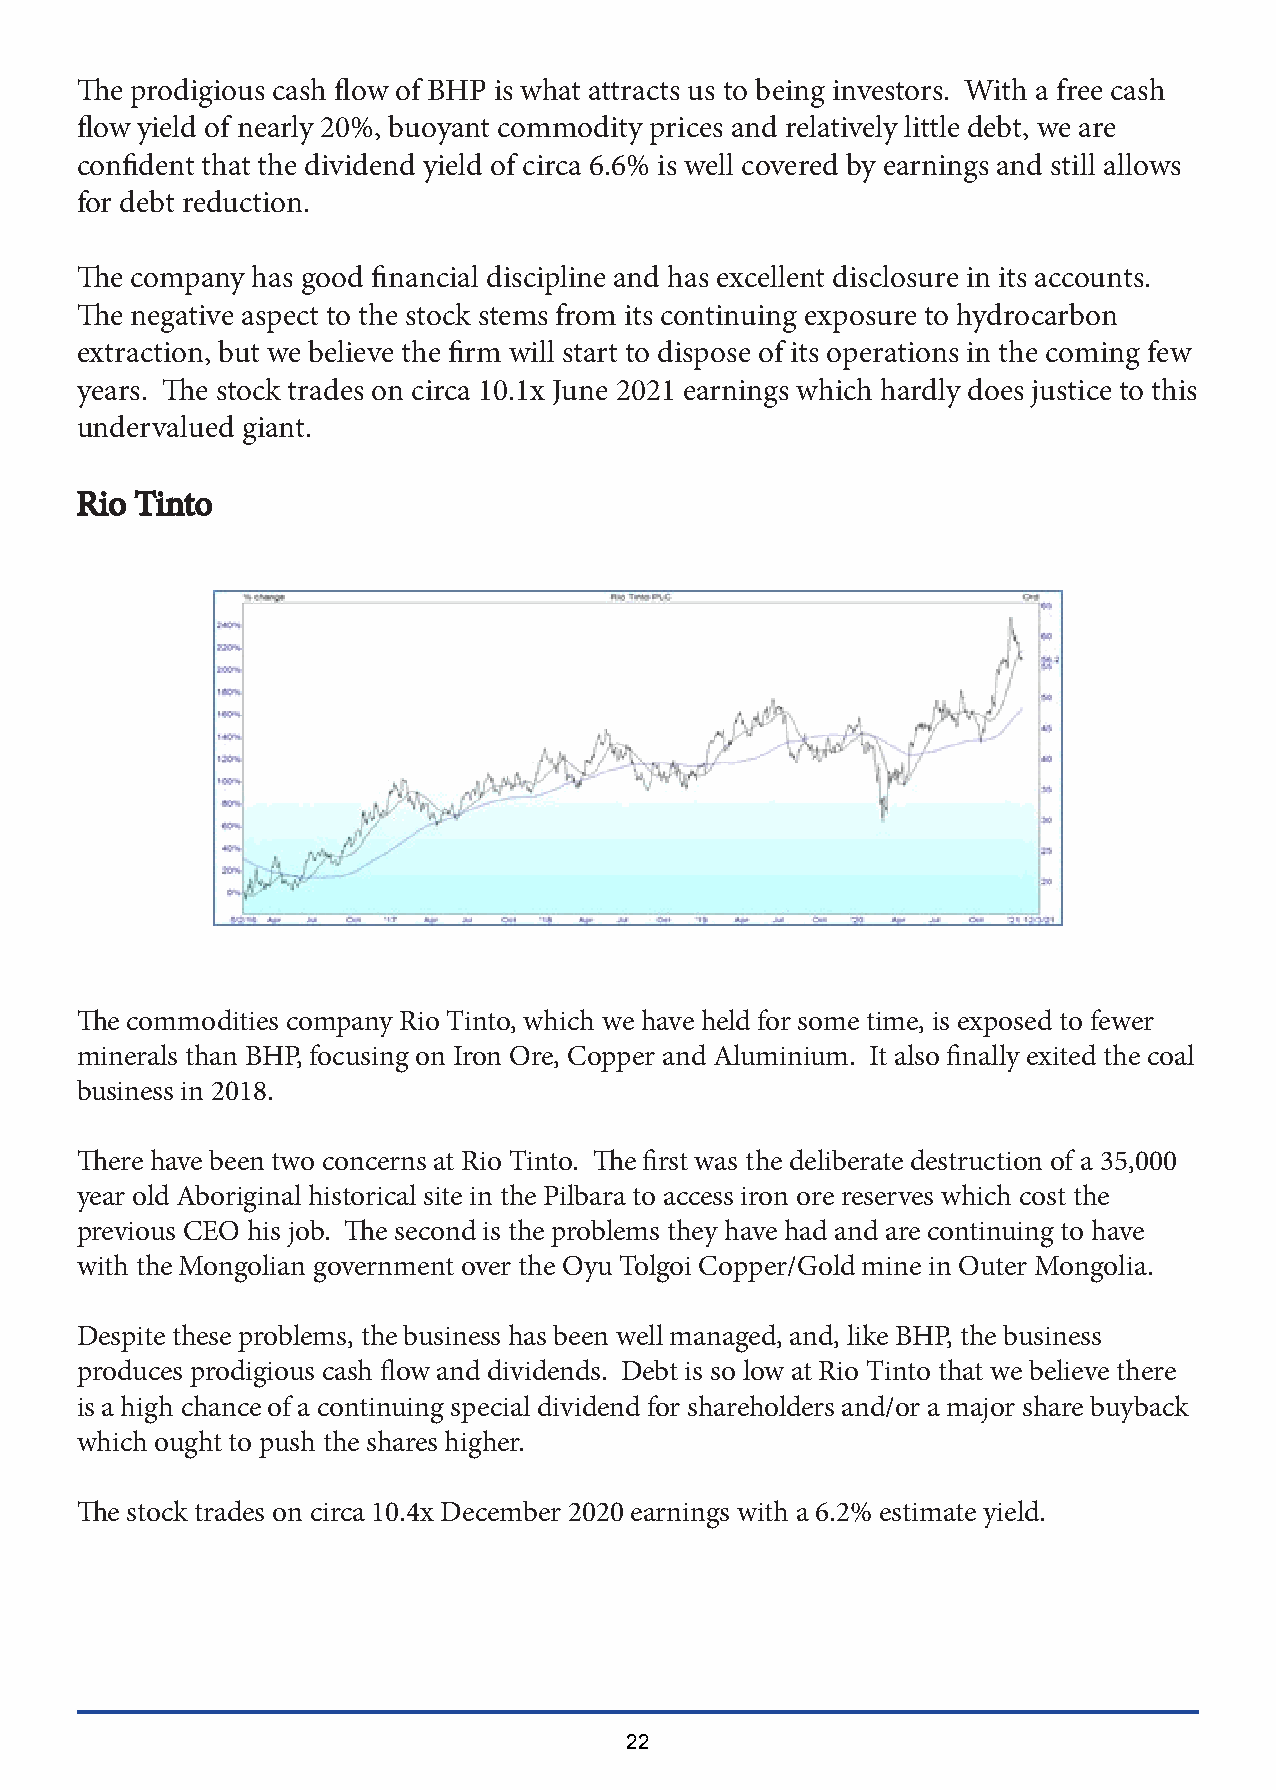
The prodigious cash flow of BHP is what attracts us to being investors. With a free cash
 flow yield of nearly 20%, buoyant commodity prices and relatively little debt, we are
 confident that the dividend yield of circa 6.6% is well covered by earnings and still allows
 for debt reduction.
 The company has good financial discipline and has excellent disclosure in its accounts.
 The negative aspect to the stock stems from its continuing exposure to hydrocarbon
 extraction, but we believe the firm will start to dispose of its operations in the coming few
 years. The stock trades on circa 10.1x June 2021 earnings which hardly does justice to this
 undervalued giant.
 RRiioo TTiinnttoo
 The commodities company Rio Tinto, which we have held for some time, is exposed to fewer
 minerals than BHP, focusing on Iron Ore, Copper and Aluminium. It also finally exited the coal
 business in 2018.
 There have been two concerns at Rio Tinto. The first was the deliberate destruction of a 35,000
 year old Aboriginal historical site in the Pilbara to access iron ore reserves which cost the
 previous CEO his job. The second is the problems they have had and are continuing to have
 with the Mongolian government over the Oyu Tolgoi Copper/Gold mine in Outer Mongolia.
 Despite these problems, the business has been well managed, and, like BHP, the business
 produces prodigious cash flow and dividends. Debt is so low at Rio Tinto that we believe there
 is a high chance of a continuing special dividend for shareholders and/or a major share buyback
 which ought to push the shares higher.
 The stock trades on circa 10.4x December 2020 earnings with a 6.2% estimate yield.
 22